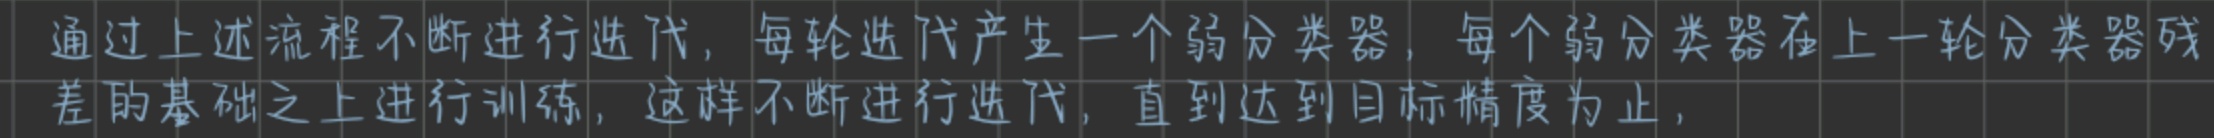
通过上述流程不断进行迭代，每轮迭代产生一个弱分类器，每个弱分类器在上一轮分类器残差的基础之上进行训练，这样不断进行迭代，直到达到目标精度为止，